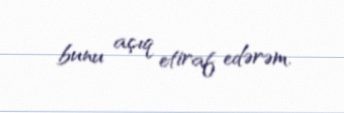
bunu açıq etiraf edərəm.